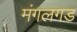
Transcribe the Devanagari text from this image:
मंगलगड